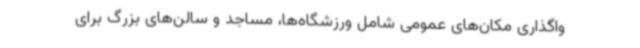
واگذاری مکان‌های عمومی شامل ورزشگاه‌ها، مساجد و سالن‌های بزرگ برای